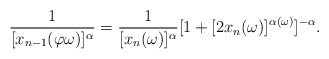
\begin{align*}\frac{1}{[x_{n-1}(\varphi \omega)]^\alpha} = \frac{1}{[x_{n}(\omega)]^\alpha}[1 + [2x_n(\omega)]^{\alpha(\omega)}]^{-\alpha}.\end{align*}